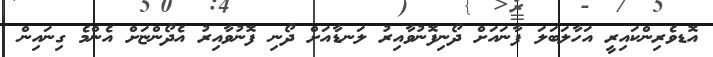
އޮޑވެރިންކައިރީ އަހާލަބަލަ ފާނައަށް ދޯނިފޮނުވާއިރު ލަނޑާއަށް ދޯނި ފޮނުވާއިރު އެދޯންޏަށް އެންމެ ގިނައިން